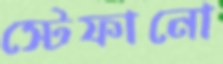
স্টেফানো